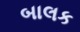
બાલક